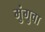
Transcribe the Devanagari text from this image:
मुंगुवा